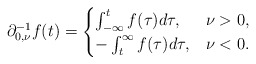
\begin{align*}\partial_{0,\nu}^{-1}f(t)=\begin{cases}\int_{-\infty}^{t}f(\tau)d\tau, & \nu>0,\\-\int_{t}^{\infty}f(\tau)d\tau, & \nu<0.\end{cases}\end{align*}